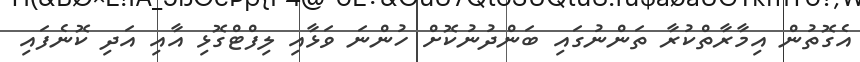
އެގޮތުން އިމާރާތްކުރާ ތަންނުގައި ބަންދުނުކޮށް ހުންނަ ވަޅާއި ލިފްޓްގޮޅި އާއި އަދި ކޮނެފައި